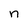
Character: n